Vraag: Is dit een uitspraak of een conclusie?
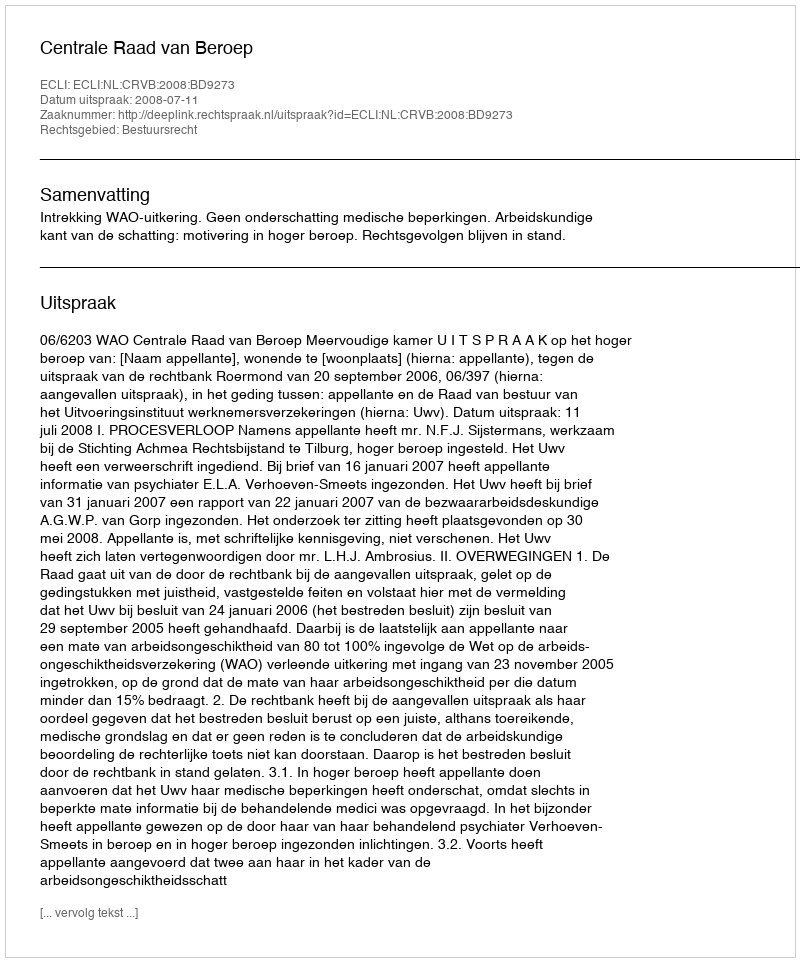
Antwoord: Uitspraak